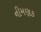
નીમણૂક